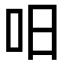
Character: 𠯐